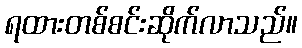
ရထားတစ်စင်းဆိုက်လာသည်။